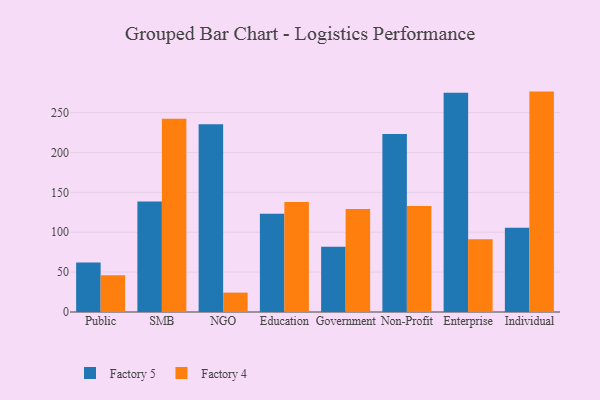
{"axis": {"x": "Segment", "y": "Production Output"}, "legend": ["Factory 4", "Factory 5"], "data": [{"x": "Public", "y": 62.1, "type": "Factory 5"}, {"x": "Public", "y": 46.1, "type": "Factory 4"}, {"x": "SMB", "y": 138.6, "type": "Factory 5"}, {"x": "SMB", "y": 242.2, "type": "Factory 4"}, {"x": "NGO", "y": 235.5, "type": "Factory 5"}, {"x": "NGO", "y": 24.3, "type": "Factory 4"}, {"x": "Education", "y": 123.1, "type": "Factory 5"}, {"x": "Education", "y": 138.0, "type": "Factory 4"}, {"x": "Government", "y": 81.9, "type": "Factory 5"}, {"x": "Government", "y": 129.2, "type": "Factory 4"}, {"x": "Non-Profit", "y": 223.3, "type": "Factory 5"}, {"x": "Non-Profit", "y": 132.9, "type": "Factory 4"}, {"x": "Enterprise", "y": 275.0, "type": "Factory 5"}, {"x": "Enterprise", "y": 91.2, "type": "Factory 4"}, {"x": "Individual", "y": 105.6, "type": "Factory 5"}, {"x": "Individual", "y": 276.3, "type": "Factory 4"}]}